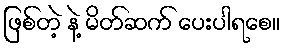
ဖြစ်တဲ့ နဲ့ မိတ်ဆက် ပေးပါရစေ။